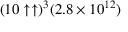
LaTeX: ( 1 0 \uparrow \uparrow ) ^ { 3 } ( 2 . 8 \times 1 0 ^ { 1 2 } )